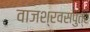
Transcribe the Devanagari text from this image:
वाजश्रवसपुत्र